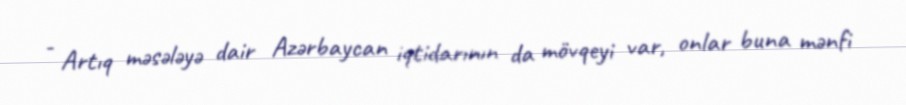
- Artıq məsələyə dair Azərbaycan iqtidarının da mövqeyi var, onlar buna mənfi